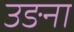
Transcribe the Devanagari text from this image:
उङना